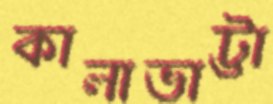
কালাভাট্টা